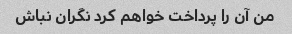
من آن را پرداخت خواهم کرد نگران نباش